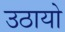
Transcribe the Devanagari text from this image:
उठायो